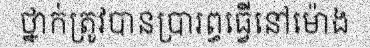
ថ្នាក់ត្រូវបានប្រារព្ធធ្វើនៅម៉ោង